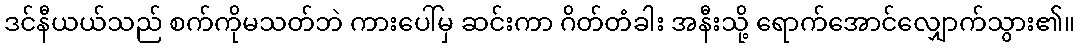
ဒင်နီယယ်သည် စက်ကိုမသတ်ဘဲ ကားပေါ်မှ ဆင်းကာ ဂိတ်တံခါး အနီးသို့ ရောက်အောင်လျှောက်သွား၏။